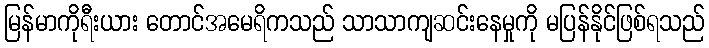
မြန်မာကိုရီးယား တောင်အမေရိကသည် သာသာကျဆင်းနေမှုကို မပြန်နိုင်ဖြစ်ရသည်